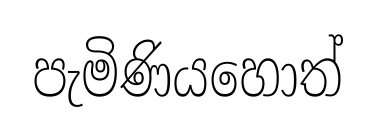
පැමිණියහොත්